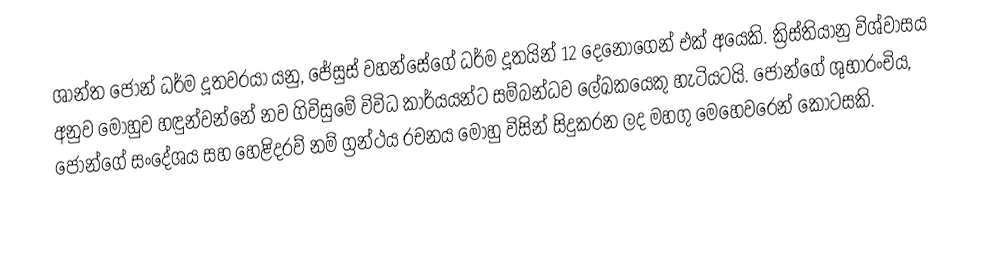
ශාන්ත ජෝන් ධර්ම දූතවරයා යනු, ජේසුස් වහන්සේගේ ධර්ම දූතයින් 12 දෙනොගෙන් එක් අයෙකි. ක්‍රිස්තියානු විශ්වාසය අනුව මොහුව හඳුන්වන්නේ නව ගිවිසුමේ විවිධ කාර්යයන්ට සම්බන්ධව ලේඛකයෙකු හැටියටයි. ජෝන්ගේ  ශුභාරංචිය, ජෝන්ගේ  සංදේශය සහ හෙළිදරව් නම් ග්‍රන්ථය රචනය මොහු විසින් සිදුකරන ලද මහගු මෙහෙවරෙන් කොටසකි.